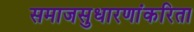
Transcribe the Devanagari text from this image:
समाजसुधारणांकरिता